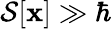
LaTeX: {\mathcal{S}}[\mathbf{x}]\gg\hbar